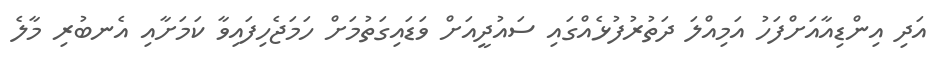
އަދި އިންޑިއާއަށްފަހު އަމިއްލަ ދަތުރުފުޅެއްގައި ސައުދީއަށް ވަޑައިގަތުމަށް ހަމަޖެހިފައިވާ ކަމަށާއި އެނބުރި މާލެ